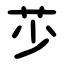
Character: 䒚